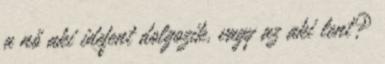
a nő aki idefent dolgozik, vagy az aki lent?